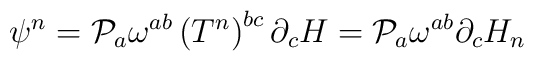
\psi^n ={\cal{P}}_a \omega^{ab} \left(T^n\right)^{bc} \partial_c H={\cal{P}}_a \omega^{ab} \partial_c H_n